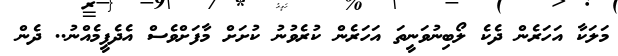
މަލަކާ އަހަރެން ދެކެ ލޯބިނުވަނީތަ އަހަރެން ކުރެވުނު ކުށަށް މާފަށްވެސް އެދެފީމެއްނު.. ދެން